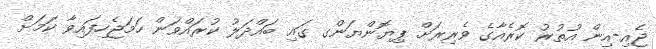
ޖެއި-އިން އުތުރު ކޮރެއާގެ ވެރިރަށް ޕިޔޮންޔަންގ ގައި ބައްދަލު ކުރައްވަން ހަމަޖެހިފައިވާ ކަމަށް